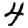
Digit: 4